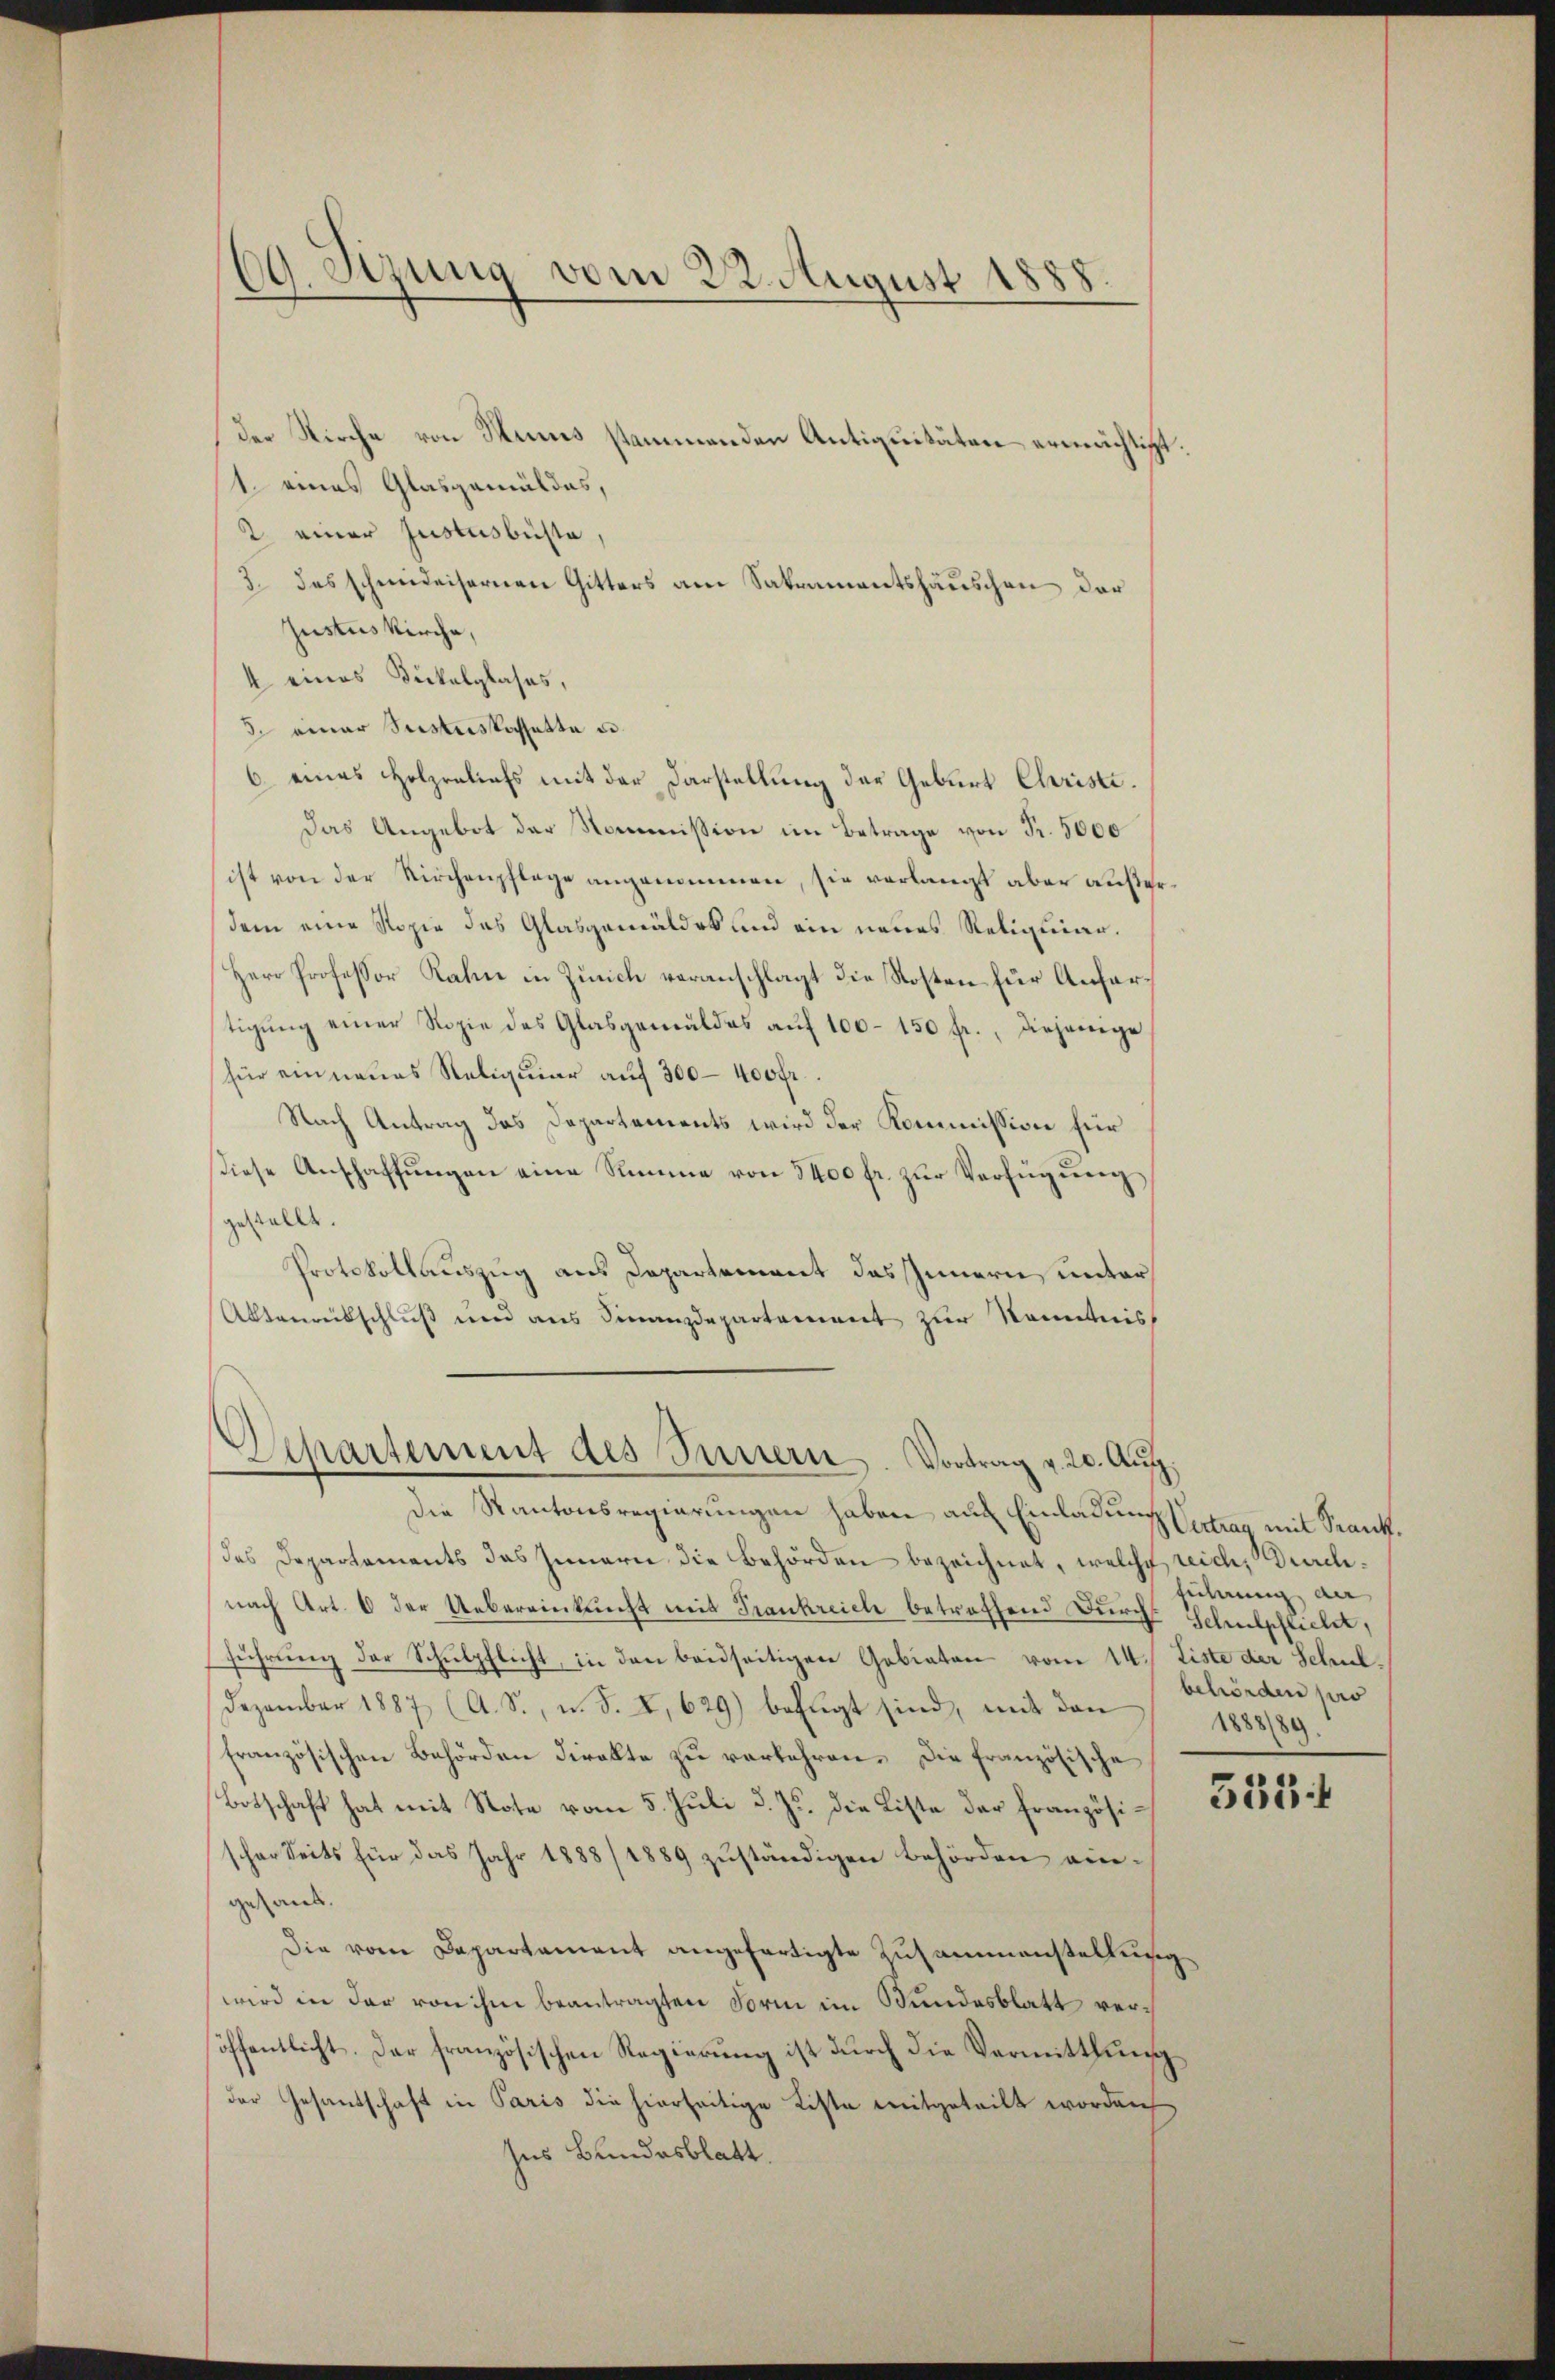
69. Sizung vom 22. August 1888

der Kirche von Hans stammenden Antiquitäten ermächtigt.
1 eines Glasgemäldes,
2. einer Justusbüste,
3. des schmideisernen Gitters am Sakramentshäuschen der
Justus Kirche,
4 eines Dukalglases,
5. einer Susteskassatte u.
6 eines Holzraliefs mit der Darstellung der Geburt Christe.
Das Angebot der Kommission im Betrage von Fr. 5000
ist von der Kirchenpflage angenommen, sie verlangt aber außer
dem eine Kopie das Glasgemäldes und ein neues Reliquier¬
Herr Professor Rahn in Zürich veranschlagt die Kosten für Anfartigung einer Ropie des Glasgemäldes auf 100–150 fr., diejenige
für einnaues Reliquier auf 300–400 fr.
Nach Antrag das Departements wird der Kommission für
siese Anschaffungen eine Stimme von 5400 fr. zur Verfügung
gestellt.
Protokollauszug aus Departement das Innern, unter
Altenrütschluß und aus Finanzdepartement zur Kenntnis

Departement des Innern. Vortrag v. 20. Auf

Die Kantonsregierungen haben auch Einladung Vertrag mit Krankdes Departements das Innern die Behörden bezeichnet, welche reich, Durchnach Art. 6 der Uebereinkunft mit Trankreich betreffend Durchs Schulpflicht,
führung der Schulpflicht, in den beidseitigen Gebieten vom 14. Liste der Schul¬
Dezember 1887 (A. S., u. S. X, 629) befugt sind, mit den
französischen Behörden direkte zu verkehren. Die französische
Botschaft hat mit No 5. Jŭli d. Js. die Liste der Französi- 1505 f
scher Seits für das Jahr 1888/1889 zuständigen Behörden eingeant.
Die vom Departement angefertigte Zusammenstellung
wird in der von ihm beantragten Form im Bundesblatt veröffentlicht. Der französischen Regierung ist durch die Vermittlung
der Gesantschaft in Paris die hierseitige Liste mitgeteilt worden
Ins Bundesblatt.

Führung an
behörden pro
1888/89.